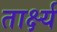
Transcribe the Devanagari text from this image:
तार्क्ष्य